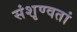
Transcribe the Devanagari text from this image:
संशृण्वतां